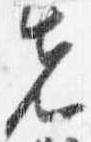
先